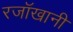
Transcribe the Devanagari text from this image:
रजॉखानी